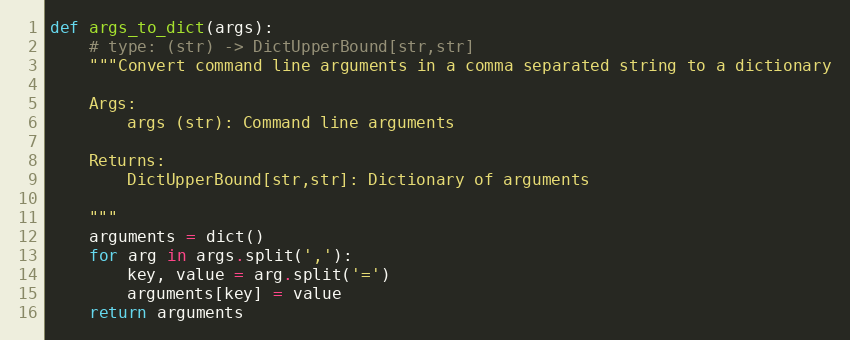
Language: Python
def args_to_dict(args):
    # type: (str) -> DictUpperBound[str,str]
    """Convert command line arguments in a comma separated string to a dictionary

    Args:
        args (str): Command line arguments

    Returns:
        DictUpperBound[str,str]: Dictionary of arguments

    """
    arguments = dict()
    for arg in args.split(','):
        key, value = arg.split('=')
        arguments[key] = value
    return arguments